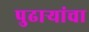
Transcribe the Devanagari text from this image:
पुढाऱ्यांचा